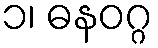
၁၊ ဓနဝဂ္ဂ